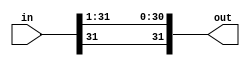
module shiftRight1(in, out);

	input [31:0] in;
	
	output [31:0] out;
	
	assign out[30:0] = in[31:1];
	assign out[31] = in[31];

endmodule